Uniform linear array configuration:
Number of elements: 32
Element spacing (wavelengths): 1
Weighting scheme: blackman
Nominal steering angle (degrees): -30
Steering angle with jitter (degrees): -31.505
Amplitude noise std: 0.05
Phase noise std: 0.05

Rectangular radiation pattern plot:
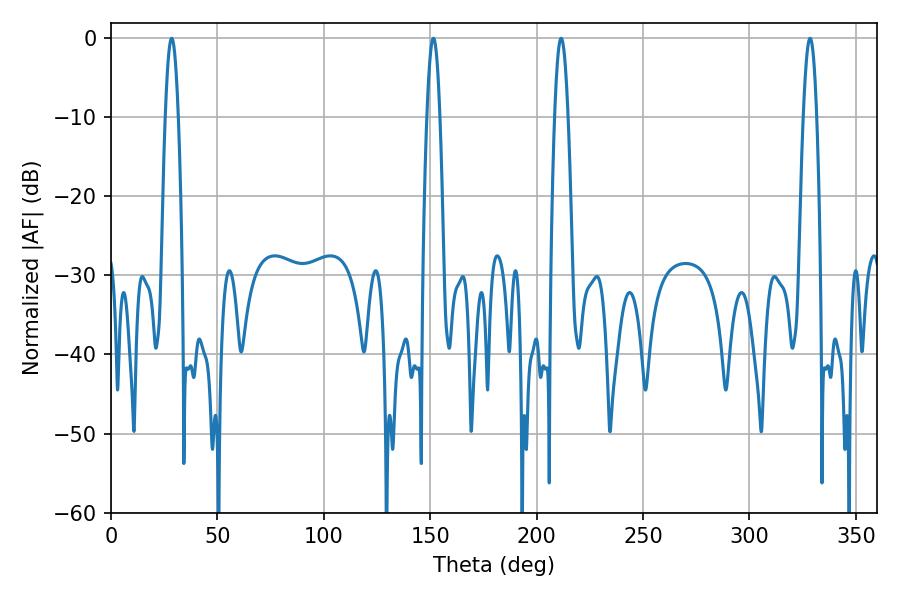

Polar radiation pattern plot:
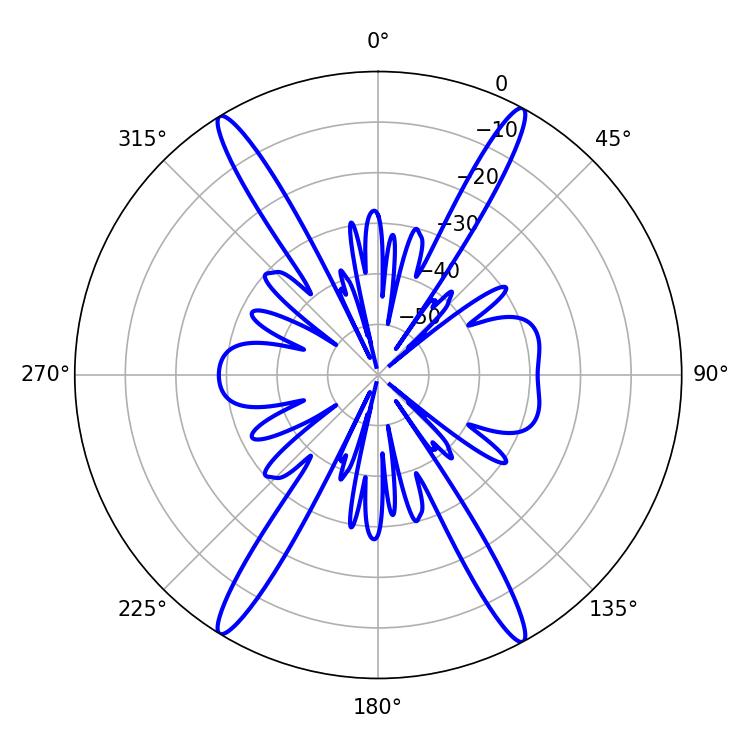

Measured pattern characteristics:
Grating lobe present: TRUE
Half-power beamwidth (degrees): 3.42
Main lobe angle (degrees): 211.5